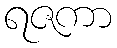
ရဇကာ